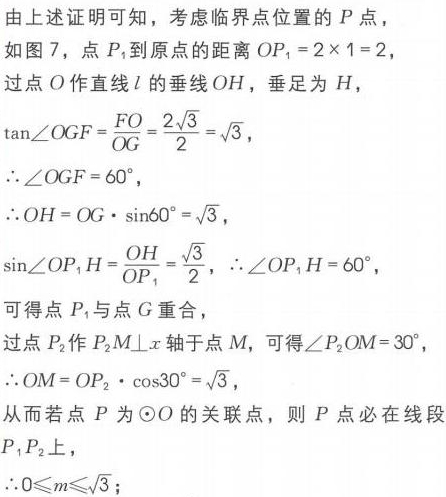
由上述证明可知，考虑临界点位置的 \(P\)点，
如图 7，点 \(P_{1}\)到原点的距离 \(OP_{1}=2\times1 = 2\)，
过点 \(O\)作直线 \(l\)的垂线 \(OH\)，垂足为 \(H\)，
\(\tan\angle OGF=\frac{FO}{OG}=\frac{2\sqrt{3}}{2}=\sqrt{3}\)，
\(\therefore\angle OGF = 60^{\circ}\)，
\(\therefore OH = OG\cdot\sin60^{\circ}=\sqrt{3}\)，
\(\sin\angle OP_{1}H=\frac{OH}{OP_{1}}=\frac{\sqrt{3}}{2}\)，\(\therefore\angle OP_{1}H = 60^{\circ}\)，
可得点 \(P_{1}\)与点 \(G\)重合，
过点 \(P_{2}\)作 \(P_{2}M\perp x\)轴于点 \(M\)，可得\(\angle P_{2}OM = 30^{\circ}\)，
\(\therefore OM = OP_{2}\cdot\cos30^{\circ}=\sqrt{3}\)，
从而若点 \(P\)为\(\odot O\)的关联点，则 \(P\)点必在线段 \(P_{1}P_{2}\)上，
\(\therefore0\leqslant m\leqslant\sqrt{3}\)；